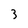
Character: 3